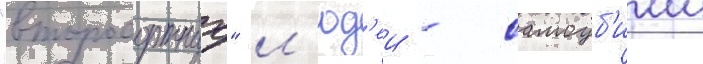
"второсортных" л'юд'еи - самоуб'ииц